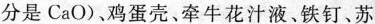
分是CaO)、鸡蛋壳、牵牛花汁液、铁钉、苏